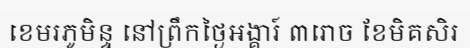
ខេមរភូមិន្ទ នៅព្រឹកថ្ងៃអង្គារ៍ ៣រោច ខែមិគសិរ